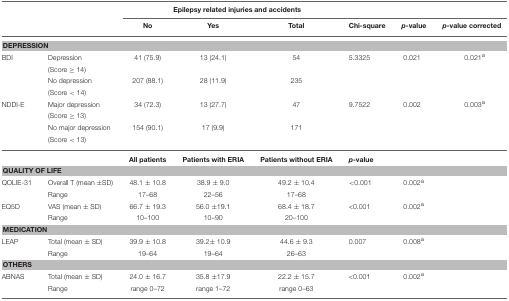
<table><thead><tr><td></td><td></td><td colspan="6"><b>Epilepsy related injuries and accidents</b></td></tr><tr><td></td><td></td><td><b>No</b></td><td><b>Yes</b></td><td><b>Total</b></td><td><b>Chi-square</b></td><td><b><i>p</i>-value</b></td><td><b><i>p</i>-value corrected</b></td></tr></thead><tbody><tr><td colspan="8"><b>DEPRESSION</b></td></tr><tr><td>BDI</td><td>Depression</td><td>41 (75.9)</td><td>13 (24.1)</td><td>54</td><td>5.3325</td><td>0.021</td><td>0.021<sup>a</sup></td></tr><tr><td></td><td>(Score ≥ 14)</td><td></td><td></td><td></td><td></td><td></td><td></td></tr><tr><td></td><td>No depression</td><td>207 (88.1)</td><td>28 (11.9)</td><td>235</td><td></td><td></td><td></td></tr><tr><td></td><td>(Score &lt; 14)</td><td></td><td></td><td></td><td></td><td></td><td></td></tr><tr><td>NDDI-E</td><td>Major depression</td><td>34 (72.3)</td><td>13 (27.7)</td><td>47</td><td>9.7522</td><td>0.002</td><td>0.003<sup>a</sup></td></tr><tr><td></td><td>(Score ≥ 13)</td><td></td><td></td><td></td><td></td><td></td><td></td></tr><tr><td></td><td>No major depression</td><td>154 (90.1)</td><td>17 (9.9)</td><td>171</td><td></td><td></td><td></td></tr><tr><td></td><td>(Score &lt; 13)</td><td></td><td></td><td></td><td></td><td></td><td></td></tr><tr><td></td><td></td><td><b>All patients</b></td><td><b>Patients with ERIA</b></td><td><b>Patients without ERIA</b></td><td><i><b>p</b></i><b>-value</b></td><td></td><td></td></tr><tr><td colspan="8"><b>QUALITY OF LIFE</b></td></tr><tr><td>QOLIE-31</td><td>Overall T (mean ±SD)</td><td>48.1 ± 10.8</td><td>38.9 ± 9.0</td><td>49.2 ± 10.4</td><td>&lt;0.001</td><td>0.002<sup>a</sup></td><td></td></tr><tr><td></td><td>Range</td><td>17–68</td><td>22–56</td><td>17–68</td><td></td><td></td><td></td></tr><tr><td>EQ5D</td><td>VAS (mean ± SD)</td><td>66.7 ± 19.3</td><td>56.0 ±19.1</td><td>68.4 ± 18.7</td><td>&lt;0.001</td><td>0.002<sup>a</sup></td><td></td></tr><tr><td></td><td>Range</td><td>10–100</td><td>10–90</td><td>20–100</td><td></td><td></td><td></td></tr><tr><td colspan="8"><b>MEDICATION</b></td></tr><tr><td>LEAP</td><td>Total (mean ± SD)</td><td>39.9 ± 10.8</td><td>39.2± 10.9</td><td>44.6 ± 9.3</td><td>0.007</td><td>0.008<sup>a</sup></td><td></td></tr><tr><td></td><td>Range</td><td>19–64</td><td>19–64</td><td>26–63</td><td></td><td></td><td></td></tr><tr><td colspan="8"><b>OTHERS</b></td></tr><tr><td>ABNAS</td><td>Total (mean ± SD)</td><td>24.0 ± 16.7</td><td>35.8 ±17.9</td><td>22.2 ± 15.7</td><td>&lt;0.001</td><td>0.002<sup>a</sup></td><td></td></tr><tr><td></td><td>Range</td><td>range 0–72</td><td>range 1–72</td><td>range 0–63</td><td></td><td></td><td></td></tr></tbody></table>